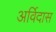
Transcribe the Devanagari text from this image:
अर्विदास